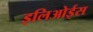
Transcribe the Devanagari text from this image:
इलिओईस